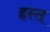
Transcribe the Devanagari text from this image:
हस्त्